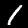
Digit: 1